Problem: 6 × 5 = ?
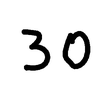
Handwritten answer: 30